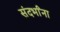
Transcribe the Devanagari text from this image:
संदर्भांना